画像に写った文字を読んでください
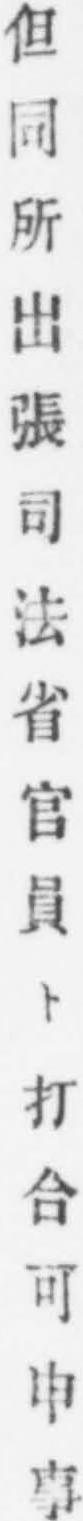
「但同所出張司法省官員ト打合可申事」と書いてあります